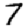
Digit: 7